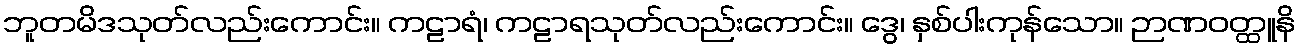
ဘူတမိဒသုတ်လည်းကောင်း။ ကဠာရံ၊ ကဠာရသုတ်လည်းကောင်း။ ဒွေ၊ နှစ်ပါးကုန်သော။ ဉာဏဝတ္ထူနိ